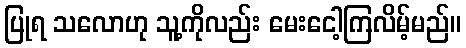
ပြုရ သလောဟု သူ့ကိုလည်း မေးငေါ့ကြလိမ့်မည်။